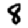
Digit: 8